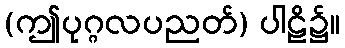
(ဤပုဂ္ဂလပညတ်) ပါဠိ၌။